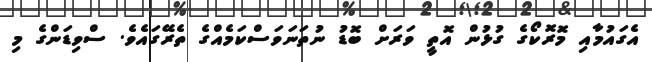
އެގައުމާއި މޮރޮކޯގެ ގުޅުން އޮތީ ވަރަށް ބޮޑު ނުތަނަވަސްކަމެއްގެ ތެރޭގައެވެ. ސްވިޑަންގެ މި